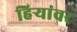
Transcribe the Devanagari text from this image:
हिऱ्यांवर